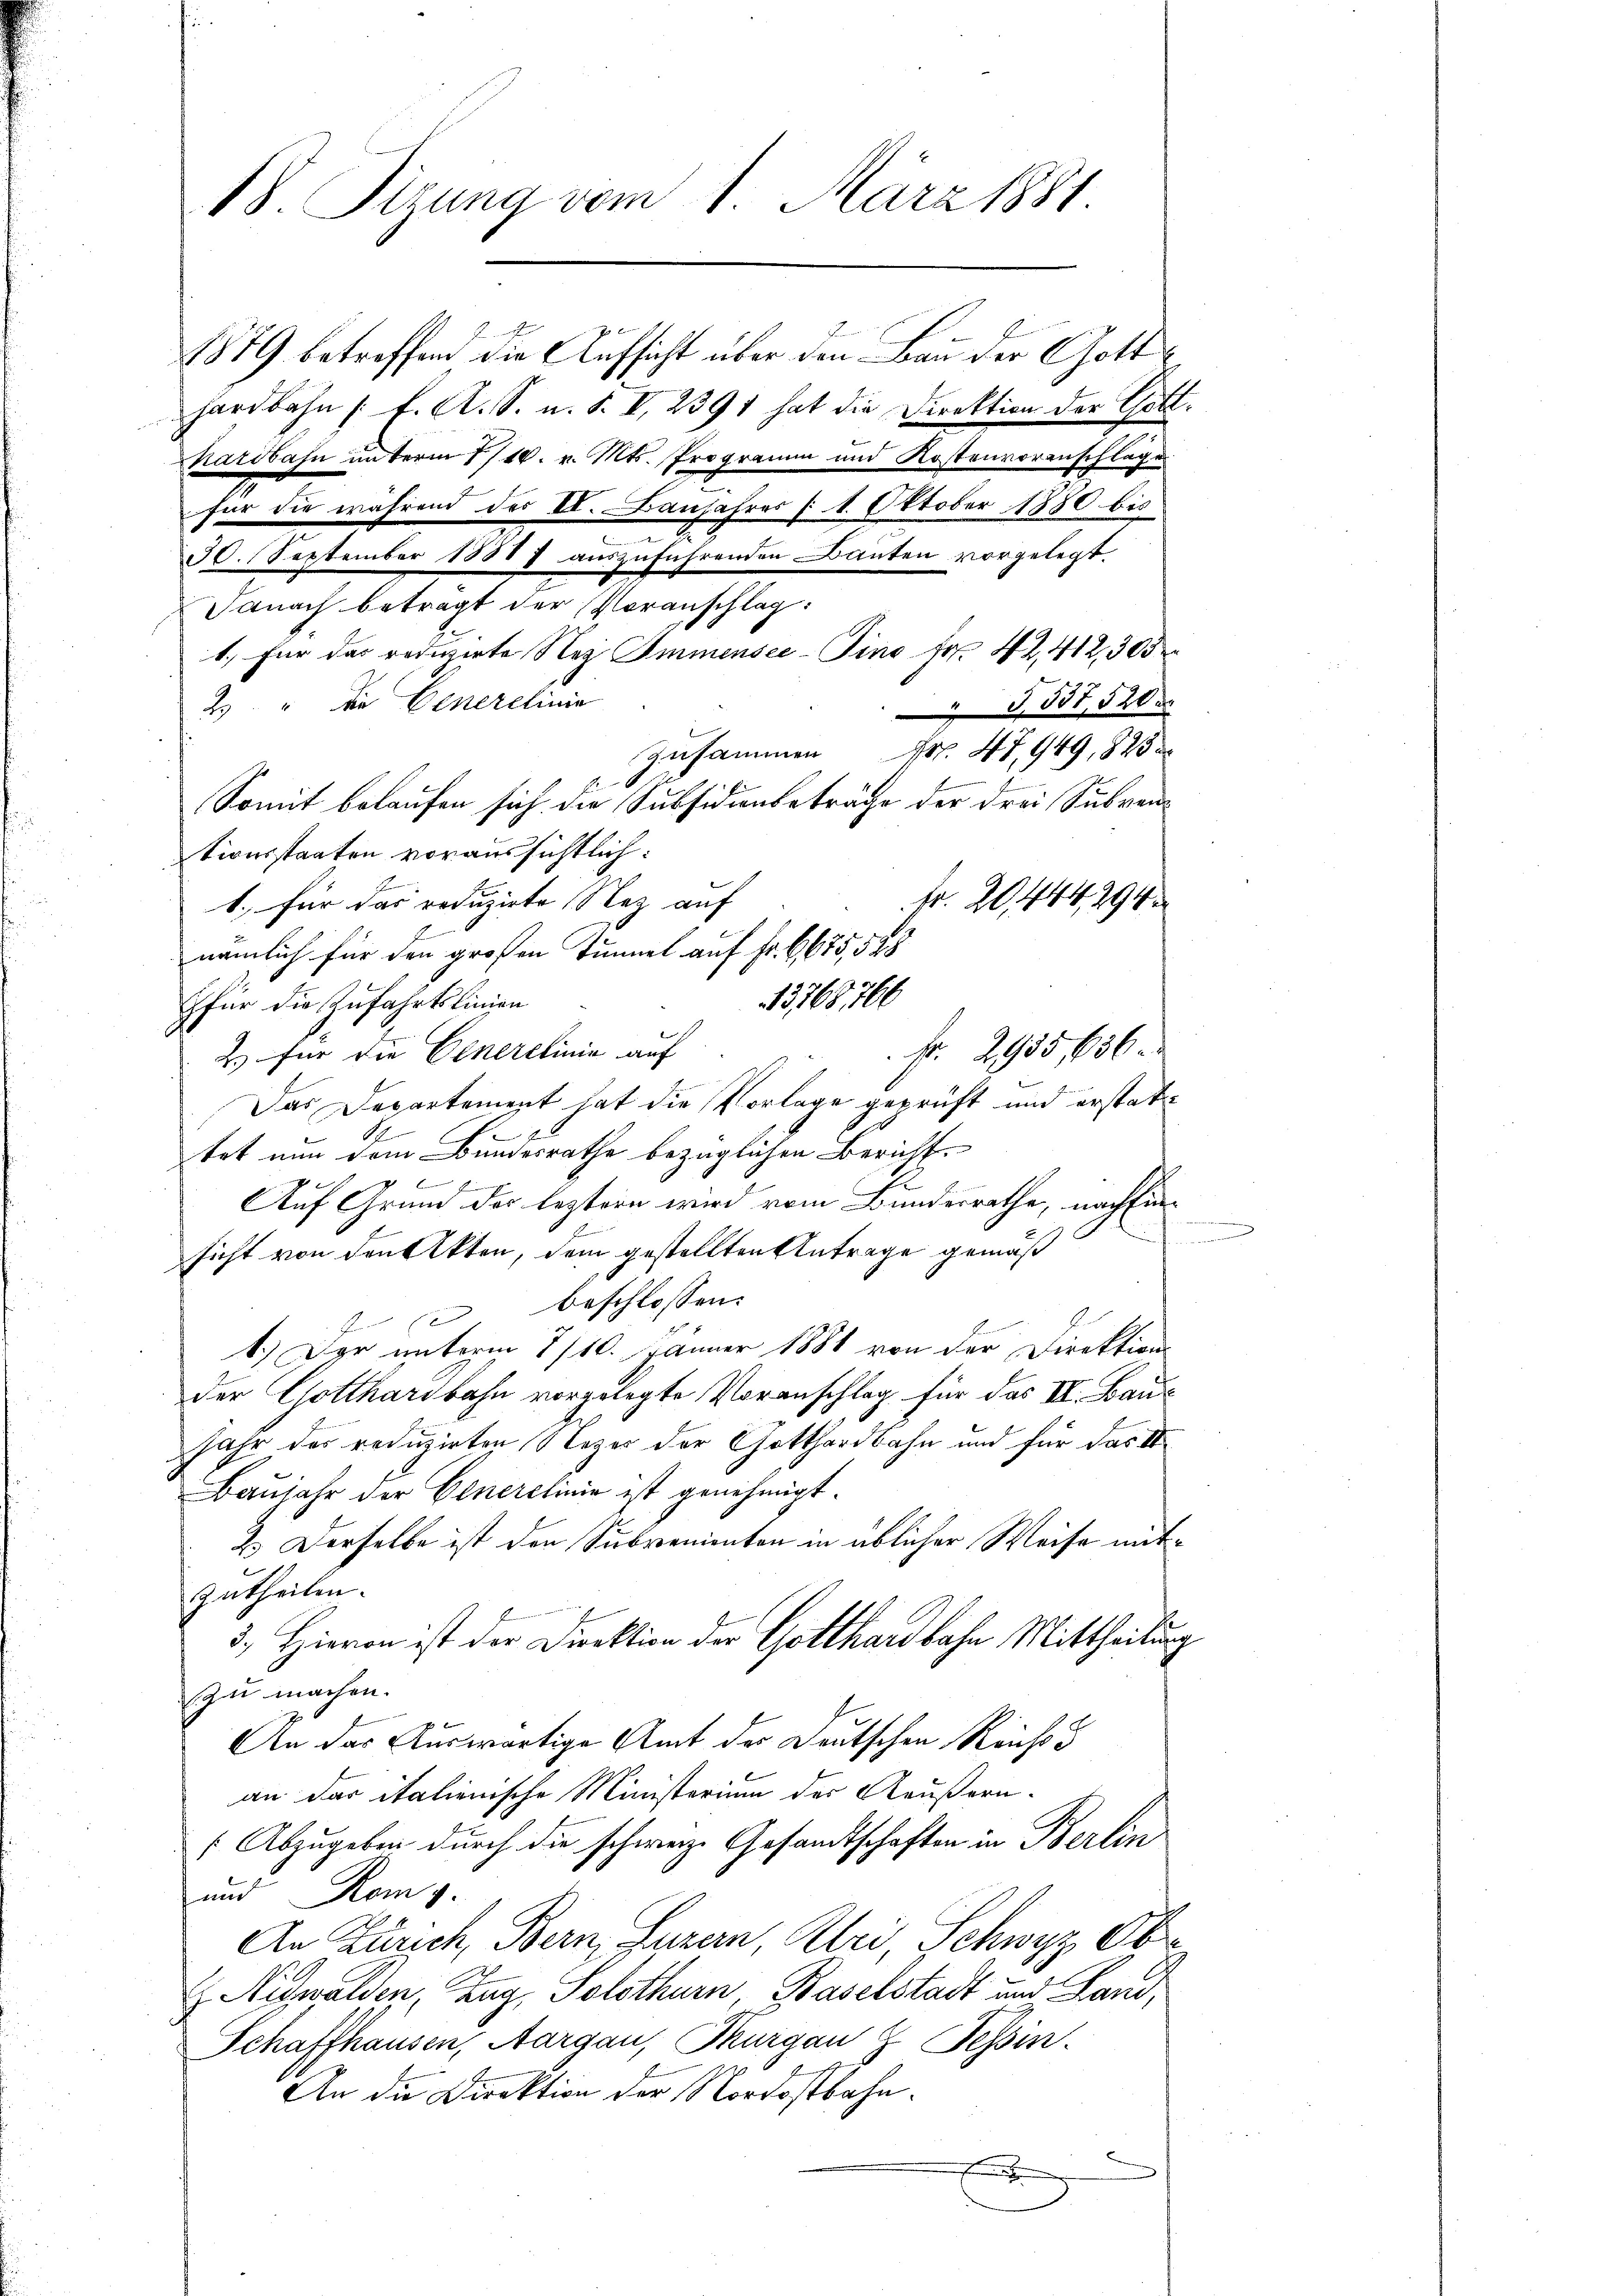
B. Sizung vom 1. März 1881.

1879 betreffend die Aufsicht über den Bau der Gotthardbahn (E. A. S. u. S. I, 2391 hat die Direktion der Gott-
Kardbahn unterm 1/16. v. Mts. Programm und Kostenvoranschläge
für die während der II. Banjahres § 1. Oktober 1880 bis
30. September 18887 auszuführenden Bauten vorgelegt
Danach betragt der Voranschlag:
1.) Für das redigirte Nei Immensee–Pino fr. 42, 412,305
2 " die Generelinie
537,520
Zusammen 4. 47, 949, 823
Somit belaufen sich die Subsidienbeträche der drei Subventionsstaaten voraussichtlich:
fr. 20444, 294
1. für das reduzirte Nez auf
nämlich für den großen Tunnel auf Fr. 6675,528
15765,766
für die Zufahrtslinien
Fr. 2935656
2.) für die Einerelinie auf
Das Departement hat die Vorlage geprüft und erstatt
1
tet nun dem Bundesrathe bezüglichen Bericht.
Se
Auf Grund der leztern wird vom Bunderrathe, nach Eins
sicht von den Akten, dem gestellten Antrage gemäß
 beschlossen:
1.) Der unterm 8/10. Jänner 1881 von der Direktions-
der Gotthardbahn vorgelegte Voranschlag für das III. Baujahr des reduzirten Nezes der Gotthardbahn und für das S
Baujahr der Generelinie ist genehmigt.
2. Derselbe ist den Subvenienten in üblicher Weise mitzutheilen.
3.) Hievon ist der Direktion der Gotthardbahn Mittheilung
zu machen.
An das Auswärtige Amt der Deutschen Reichts d
an das italienische Ministerium der Reußern.
(Abzugeben durch die schweiz. Gesandtschaften in Berlin
und Rom g.
An Zürich, Bern, Luzern, Uri, Schwyz, Obr
 Nidwalden, Zug, Solothurn, Baselstadt und Land,
Schaffhausen, Aargau, Thurgau z. Tessin.
An die Direktion der Nordostbahn.
E